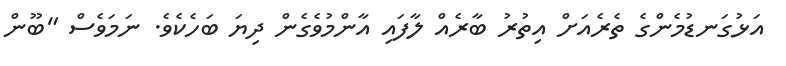
އަޅުގަނޑުމެންގެ ތެރެއަށް އިތުރު ބާރެއް ލާފައި އާންމުވެގެން ދިޔަ ބަހެކެވެ. ނަމަވެސް "ބޫން